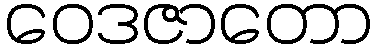
ဝေဒဇာတော